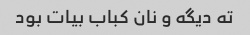
ته دیگه و نان کباب بیات بود